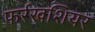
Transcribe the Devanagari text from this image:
फर्रखशियर